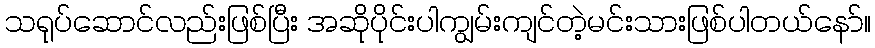
သရုပ်ဆောင်လည်းဖြစ်ပြီး အဆိုပိုင်းပါကျွမ်းကျင်တဲ့မင်းသားဖြစ်ပါတယ်နော်။